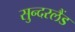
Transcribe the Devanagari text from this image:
सुन्दरलैंड